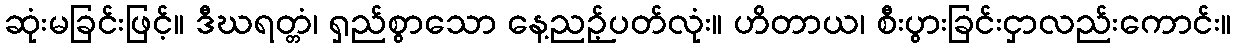
ဆုံးမခြင်းဖြင့်။ ဒီဃရတ္တံ၊ ရှည်စွာသော နေ့ညဉ့်ပတ်လုံး။ ဟိတာယ၊ စီးပွားခြင်းငှာလည်းကောင်း။